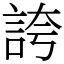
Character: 誇